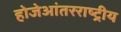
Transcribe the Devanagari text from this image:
होजेआंतरराष्ट्रीय